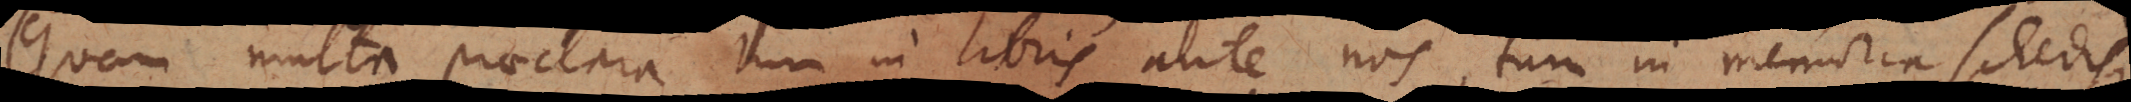
Quam multa praeclara tum in libris ante nos, tum in memoria schedisque